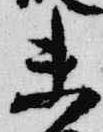
未